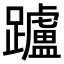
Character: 𨇖